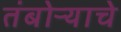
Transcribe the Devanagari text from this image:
तंबोऱ्याचे